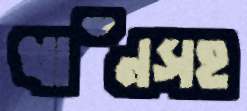
খাঁনসহ